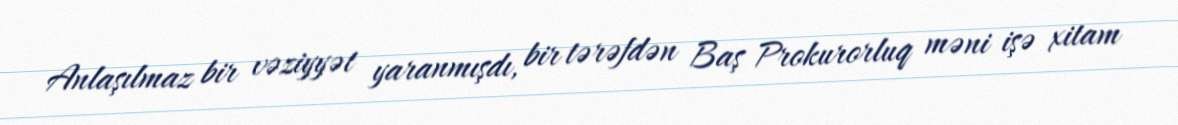
Anlaşılmaz bir vəziyyət yaranmışdı, bir tərəfdən Baş Prokurorluq məni işə xitam